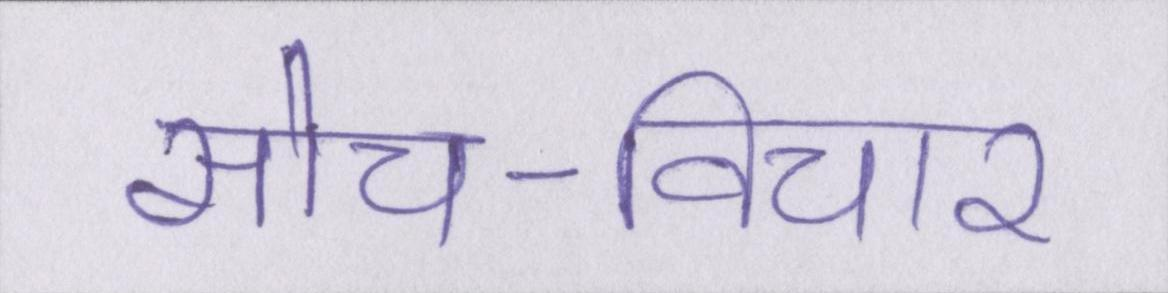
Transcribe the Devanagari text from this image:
सोच-विचार